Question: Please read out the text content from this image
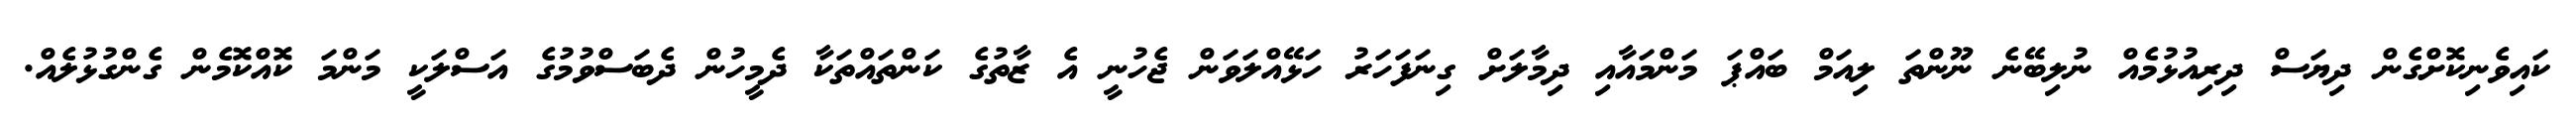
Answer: ކައިވެނިކޮށްގެން ދިޔަސް ދިރިއުޅުމެއް ނުލިބޭނެ ނޫންތަ ލިއަމް ބައްޕަ މަންމައާއި ދިމާލަށް ގިނަފަހަރު ހަޅޭއްލަވަން ޖެހުނީ އެ ޒާތުގެ ކަންތައްތަކާ ދެމީހުން ދެބަސްވުމުގެ އަސްލަކީ މަންމަ ކޮއްކޮމެން ގެންގުޅުލެއް.